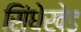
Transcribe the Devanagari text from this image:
सिंधेखेड